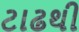
ટાઢથી